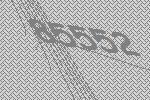
85552